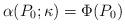
LaTeX: \begin{align*} \alpha(P_0;\kappa) = \Phi(P_0)\end{align*}